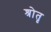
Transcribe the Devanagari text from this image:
श्रोतृ